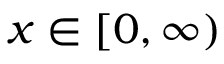
x \in [ 0 , \infty )